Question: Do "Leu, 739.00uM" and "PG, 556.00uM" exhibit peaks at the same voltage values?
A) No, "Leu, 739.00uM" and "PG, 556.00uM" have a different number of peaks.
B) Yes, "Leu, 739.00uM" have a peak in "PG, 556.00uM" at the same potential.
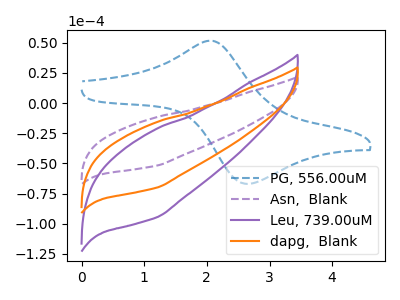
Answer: <think>The blue dashed curve "PG, 556.00uM" has an anodic peak at (2.05V, 51.70uA) and a cathodic peak at (2.60V, -66.75uA). The purple dashed curve "Asn,  Blank" has no peaks. The purple curve "Leu, 739.00uM" has no peaks. The orange curve "dapg,  Blank" has no peaks.</think>
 <answer>A) No, "Leu, 739.00uM" and "PG, 556.00uM" have a different number of peaks.</answer>
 <eval>A</eval>